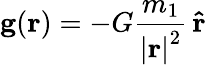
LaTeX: \mathbf{g}(\mathbf{r})=-G{\frac{m_{1}}{{\vert\mathbf{r}\vert}^{2}}}\, \mathbf{\hat{r}}